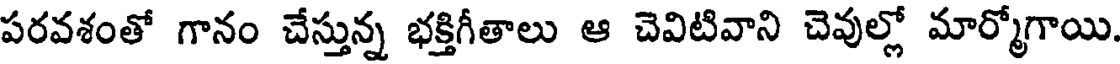
పరవశంతో గానం చేస్తున్న భక్తిగీతాలు ఆ చెవిటివాని చెవుల్లో మార్మోగాయి.